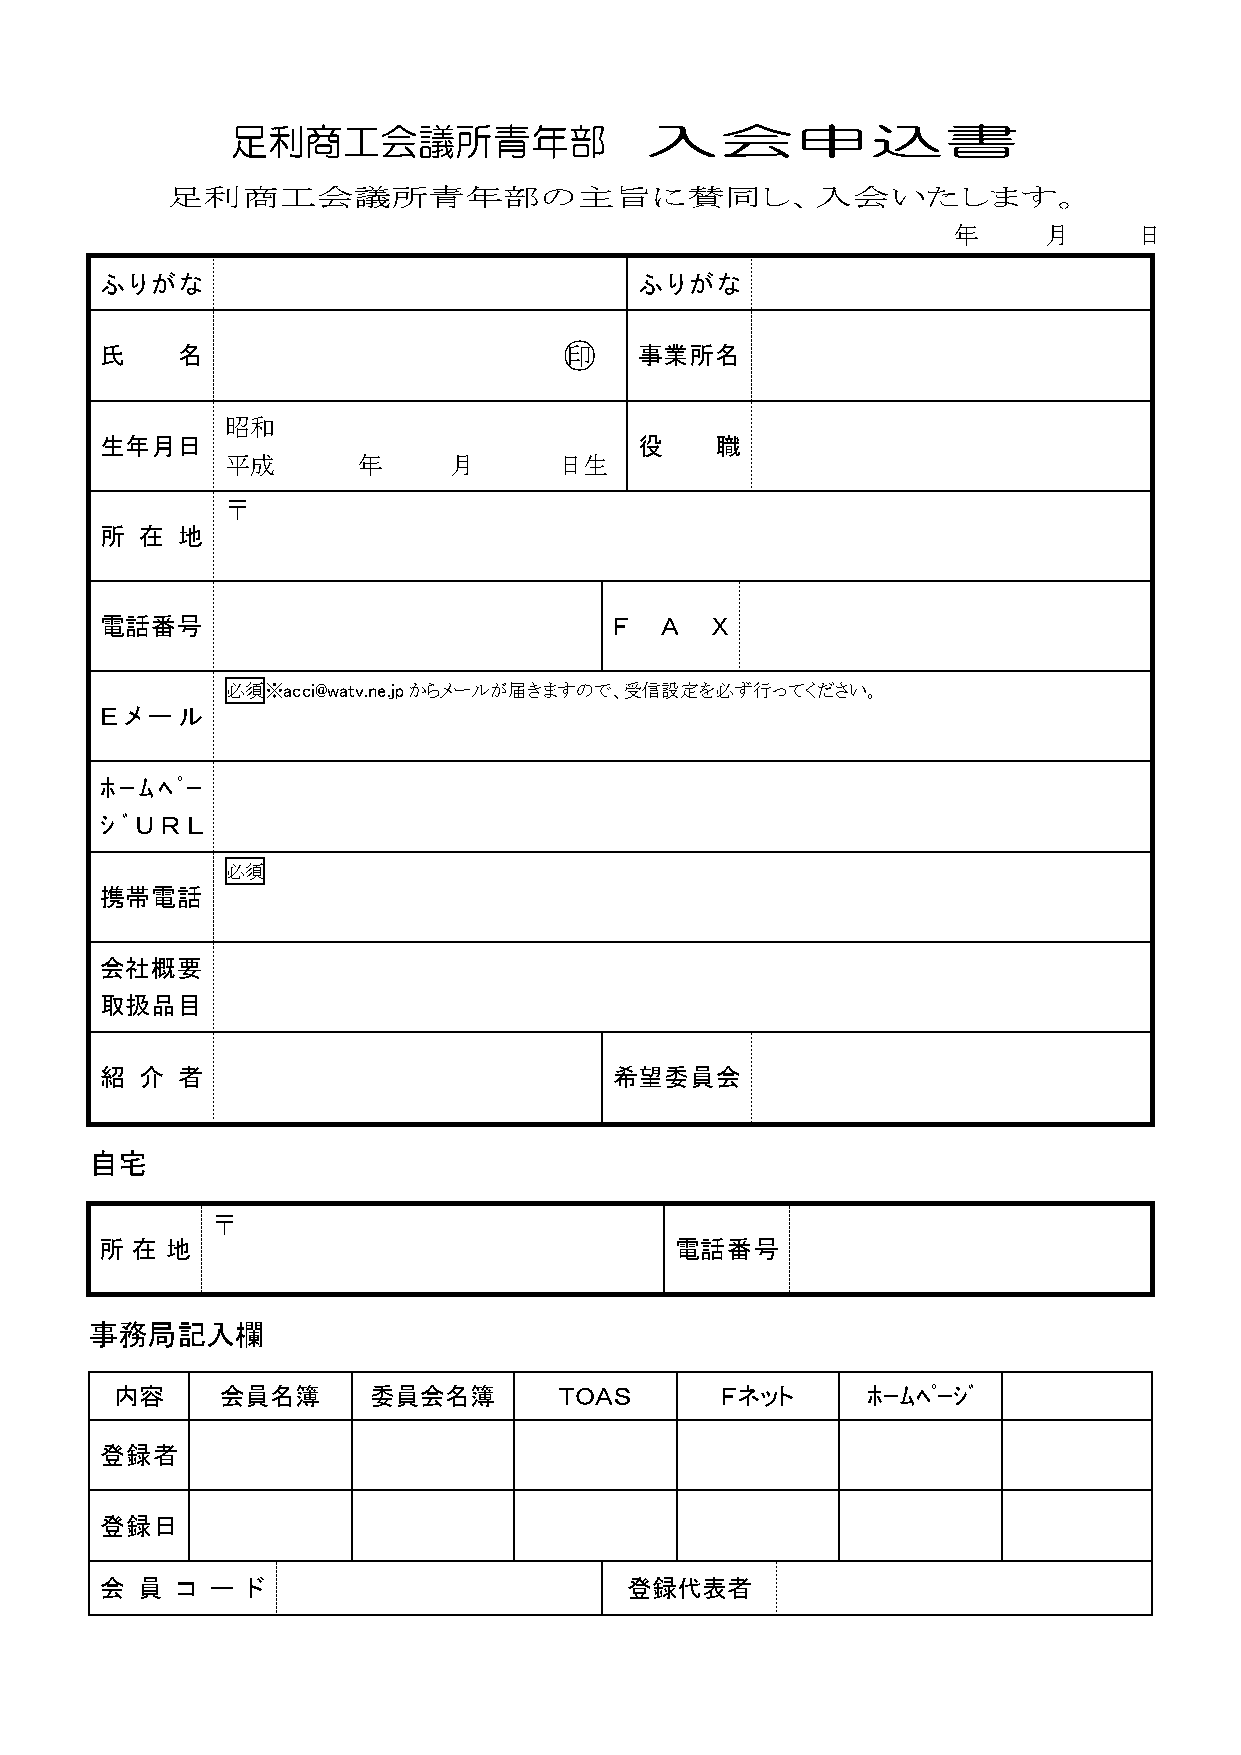
足利商工会議所青年部                  入会申込書
 足利商工会議所青年部の主旨に賛同し、入会いたします。
 年     月     日
 ふりがな                               ふりがな
 氏    名                        ○ 印  事業所名
 昭和
 生年月日                               役    職
 平成       年     月      日生
 〒
 所 在  地
 電話番号                              Ｆ  Ａ  Ｘ
 必須※acci@watv.ne.jpからメールが届きますので、受信設定を必ず行ってください。
 Ｅメール
 ﾎｰﾑﾍﾟｰ
 ｼ ﾞ Ｕ Ｒ Ｌ
 必須
 携帯電話
 会社概要
 取扱品目
 紹 介  者                            希望委員会
 自宅
 〒
 所 在 地                                 電話番号
 事務局記入欄
 内容     会員名簿     委員会名簿        ＴＯＡＳ       Ｆネット     ﾎｰﾑﾍﾟｰｼﾞ
 登録者
 登録日
 会 員  コ ー ド                        登録代表者